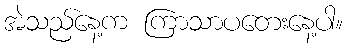
အဲသည်နေ့က ကြာသာပတေးနေ့ပါ။